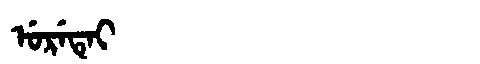
Manchu: ᡠᡵᡝᡨᡝᡳ
Romanization: URETEI